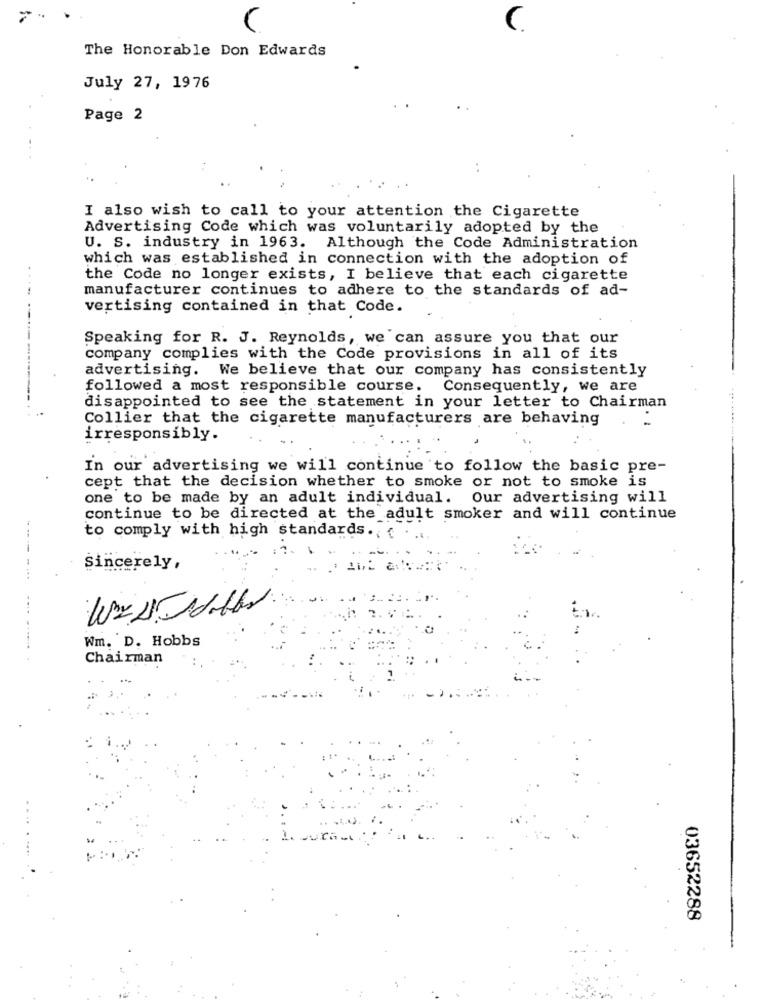
C
C.
The Honorable Don Edwards
July 27, 1976
Page 2
I also wish to call to your attention the Cigarette
Advertising Code which was voluntarily adopted by the
U. S. industry in 1963. Although the Code Administration
which was established in connection with the adoption of
the Code no longer exists, I believe that each cigarette
manufacturer continues to adhere to the standards of ad-
vertising contained in that Code.
Speaking for R. J. Reynolds, we can assure you that our
company complies with the Code provisions in all of its
advertising. We believe that our company has consistently
followed a most responsible course. Consequently, we are
disappointed to see the statement in your letter to Chairman
Collier that the cigarette manufacturers are behaving
irresponsibly.
In our advertising we will continue to follow the basic pre-
cept that the decision whether to smoke or not to smoke is
one to be made by an adult individual. Our advertising will
continue to be directed at the adult smoker and will continue
to comply with high standards ., {
----
Sincerely,
Wm. D. Hobbs
Chairman
03652288